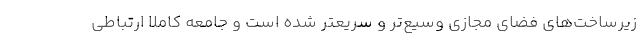
زیرساخت‌های فضای مجازی وسیع‌تر و سریعتر شده است و جامعه کاملا ارتباطی